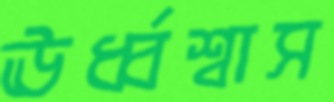
ঊর্ধ্বশ্বাস